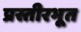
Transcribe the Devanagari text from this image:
प्रस्तीरभूत